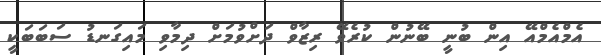
އެމްއެމްއޭ އިން ބުނީ ބޭނުން ކުރެވޭ ރިޒާވް ދަށްވުމަށް ދިމާވި މައިގަނޑު ސަބަބަކީ